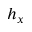
h _ { x }